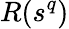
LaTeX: R(s^{q})